Veterinary regulations India, 1939 -
Year: 1939
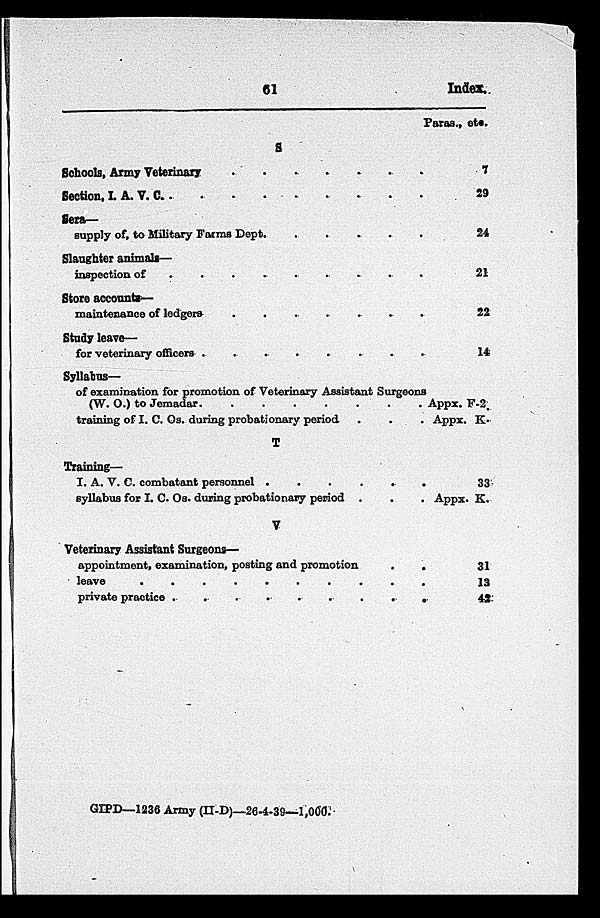
61
Index.
S Schools, Army Veterinary . . . . .
Section, I. A. V. C. . . . . .
Sera—
supply of, to Military Farms Dept. . . . . .
Slaughter animals—
inspection of . . . . .
Store accounts—
maintenance of ledgers . . . . .
Study leave—
for veterinary officers . . . . .
Syllabus—
of examination for promotion of Veterinary Assistant Surgeons
(W. O.) to Jemadar.
.......
Appx. F-2.
training of I. C. Os. during probationary period .
.
. Appx. K.
T
Training—
I. A. V. C. combatant personnel . . . . .
syllabus for I. C. Os. during probationary period .
.
. Appx. K.
V
Veterinary Assistant Surgeons—
appointment, examination, posting and promotion
.
.
leave . . . . .
private practice . . . . .
Paras., etc.
7
29
24
21
22
14
33
31
13
42
GIPD—1236 Army (II-D)—26-4-39—1,000.